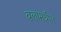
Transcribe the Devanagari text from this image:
बलांमधील